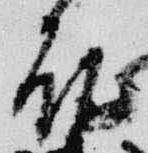
殿